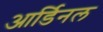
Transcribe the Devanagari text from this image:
आर्डिनल